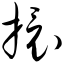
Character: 擐